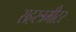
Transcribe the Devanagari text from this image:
सहस्त्रमीटर